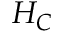
H _ { C }